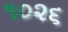
૧૦૨૬